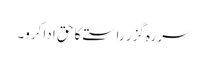
سر رہ گزر راستے کا حق ادا کرو۔